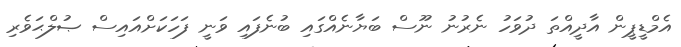
އެމްޑީޕީން އާދީއްތަ ދުވަހު ނެރުނު ނޫސް ބަޔާނެއްގައި ބުނެފައި ވަނީ ފަހަކަށްއައިސް ޞުލްޙަވެރި